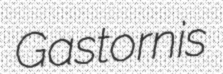
Gastornis